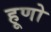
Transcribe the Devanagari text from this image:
हूणो